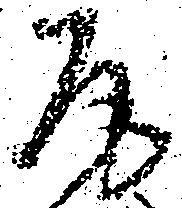
尾